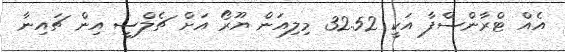
އެއް ޓްރާންސްފާ އަކީ 32.52 މިލިއަން ޔޫރޯ އަށް ޗެލްސީ އިން ޗައިނާ